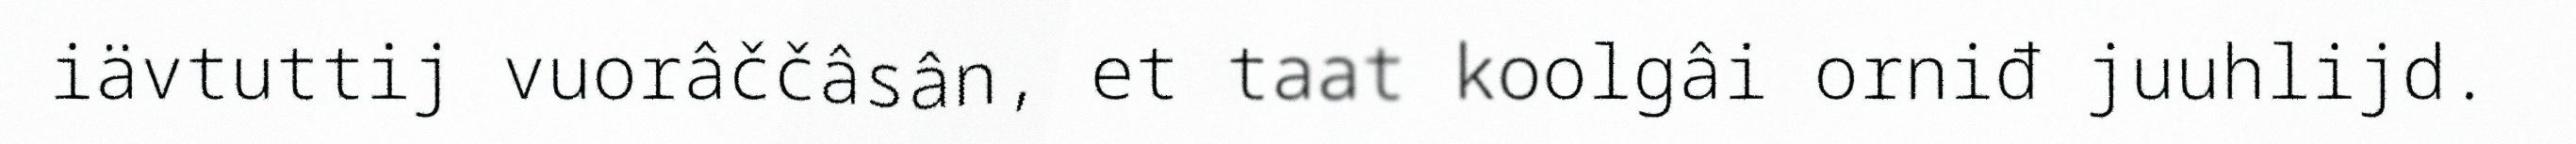
iävtuttij vuorâččâsân, et taat koolgâi orniđ juuhlijd.